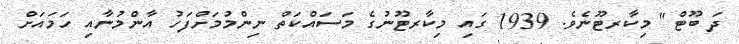
ދަ ބޫޓް" މިކާރޓޫނެވެ. 1939 ގައި މިކާރޓޫނުގެ މަސައްކަތް ނިންމުމަށްފަހު އާންމުނާއި ހަމައަށް